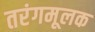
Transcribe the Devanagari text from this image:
तरंगमूलक